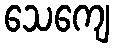
သေကျေ